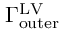
\Gamma _ { \mathrm { { o u t e r } } } ^ { \mathrm { { L V } } }